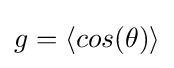
g=\langle cos(\theta )\rangle